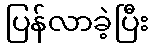
ပြန်လာခဲ့ပြီး